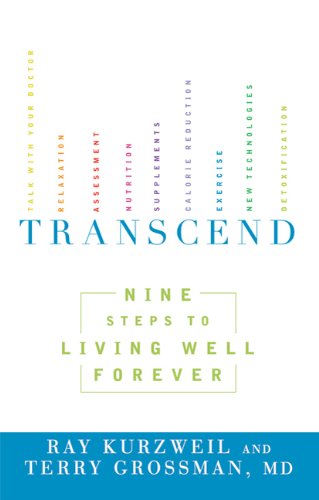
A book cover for Transcend: Nine Steps to Living Well Forever; Ray Kurzweil; Medical Books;